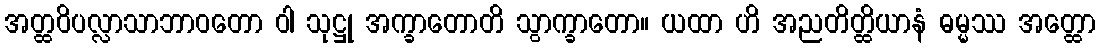
အတ္ထဝိပလ္လာသာဘာဝတော ဝါ သုဋ္ဌု အက္ခာတောတိ သွာက္ခာတော။ ယထာ ဟိ အညတိတ္ထိယာနံ ဓမ္မဿ အတ္ထော